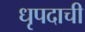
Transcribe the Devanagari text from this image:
धृपदाची